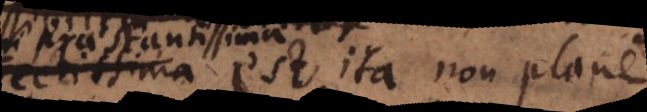
emi est, ita non plane